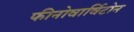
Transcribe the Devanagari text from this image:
फीनोवार्विटोन